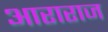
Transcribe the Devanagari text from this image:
आराराज